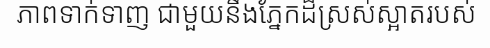
ភាពទាក់ទាញ ជាមួយនឹងភ្នែកដ៏ស្រស់ស្អាតរបស់